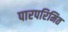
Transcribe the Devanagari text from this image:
पारपरिमित